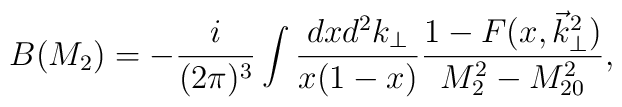
B(M_2)=-\frac{i}{(2\pi)^3} \int \frac{dx d^2k_\perp}{x(1-x)}\frac{1-F(x,\vec k_\perp^2)}{M_2^2-M_{20}^2},